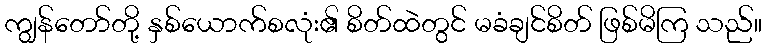
ကျွန်တော်တို့ နှစ်ယောက်စလုံး၏ စိတ်ထဲတွင် မခံချင်စိတ် ဖြစ်မိကြ သည်။